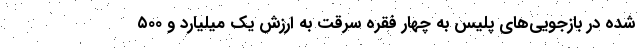
شده در بازجویی‌های پلیس به چهار فقره سرقت به ارزش یک میلیارد و ۵۰۰